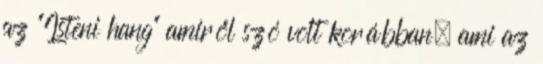
az “Isteni hang” amiről szó volt korábban, ami az